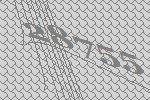
28755